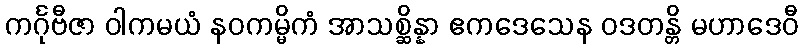
ကင်္ဂုဗီဇာ ဝါကမယံ နဝကမ္မိကံ အာသစ္ဆိန္နာ ဧကဒေသေန ဝဒတန္တိ မဟာဒေဝီ